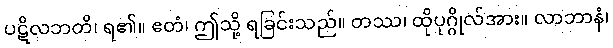
ပဋိလဘတိ၊ ရ၏။ ဧတံ၊ ဤသို့ ရခြင်းသည်။ တဿ၊ ထိုပုဂ္ဂိုလ်အား။ လာဘာနံ၊